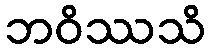
ဘဝိဿသိ